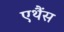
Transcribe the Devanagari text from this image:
एथैंस